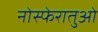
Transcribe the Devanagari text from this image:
नोस्फेरातुओं